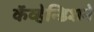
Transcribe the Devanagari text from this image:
कॅव्हेन्डिशने